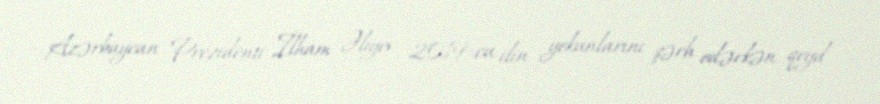
Azərbaycan Prezidenti İlham Əliyev 2019-cu ilin yekunlarını şərh edərkən qeyd